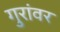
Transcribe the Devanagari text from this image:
गुरांवर